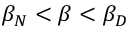
\beta _ { N } < \beta < \beta _ { D }